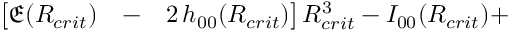
\begin{array} { r l r } { \big [ \mathfrak { E } ( R _ { c r i t } ) } & { { } - } & { 2 \, h _ { 0 0 } ( R _ { c r i t } ) \big ] \, R _ { c r i t } ^ { 3 } - I _ { 0 0 } ( R _ { c r i t } ) + } \end{array}